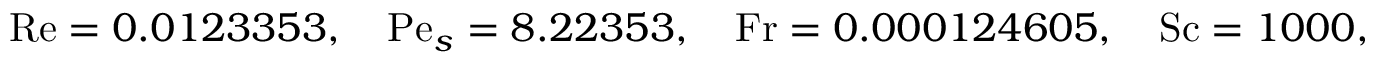
\mathrm { R e } = 0 . 0 1 2 3 3 5 3 , \quad \mathrm { P e } _ { s } = 8 . 2 2 3 5 3 , \quad \mathrm { F r } = 0 . 0 0 0 1 2 4 6 0 5 , \quad \mathrm { S c } = 1 0 0 0 , \quad \frac { \mathrm { R e } } { \mathrm { F r ^ { 2 } } } = 7 9 4 4 6 8 .